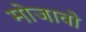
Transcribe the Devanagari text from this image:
मोजावो